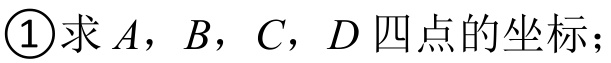
\textcircled{1}求\(A\)，\(B\)，\(C\)，\(D\)四点的坐标；